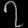
Digit: ၇